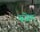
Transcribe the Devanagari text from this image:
रूजेन